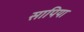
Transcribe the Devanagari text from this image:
सापिया